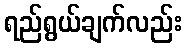
ရည်ရွယ်ချက်လည်း